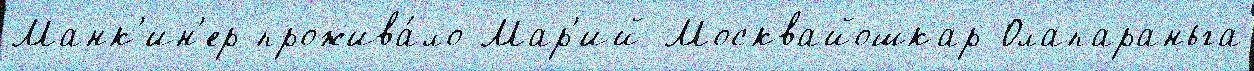
Манк'ин'ер прожива́ло Мар'ий Москвайошкар-Олапараньга